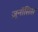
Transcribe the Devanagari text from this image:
ज़ूनॉसिस